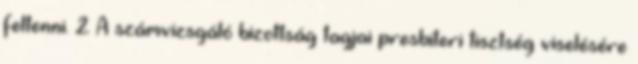
feltenni. 2 A számvizsgáló bizottság tagjai presbiteri tisztség viselésére